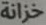
خزانة